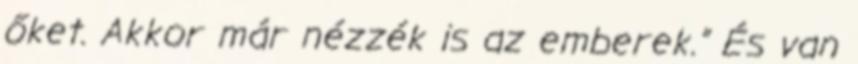
őket. Akkor már nézzék is az emberek.” És van